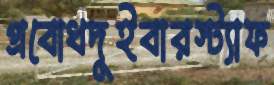
প্রবোধদুইবারস্ট্যাফ